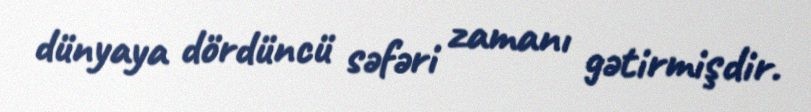
dünyaya dördüncü səfəri zamanı gətirmişdir.